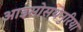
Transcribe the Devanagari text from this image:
आइसोसथेनुरिया